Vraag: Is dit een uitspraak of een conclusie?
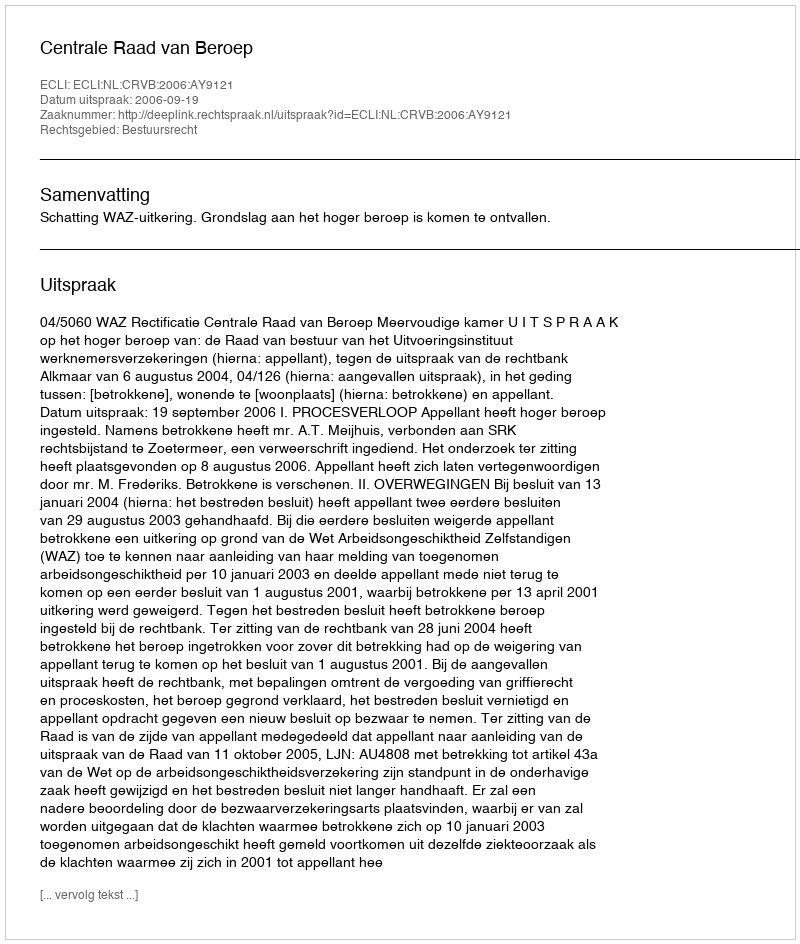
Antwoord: Uitspraak